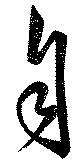
自